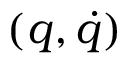
( q , \dot { q } )